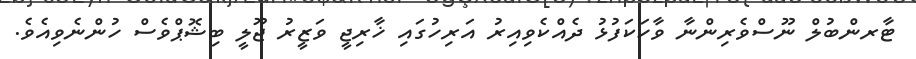
ޓާރންބުލް ނޫސްވެރިންނާ ވާހަކަފުޅު ދެއްކެވިއިރު އަރިހުގައި ޚާރިޖީ ވަޒީރު ޖޫލީ ބިޝޮޕްވެސް ހުންނެވިއެވެ.